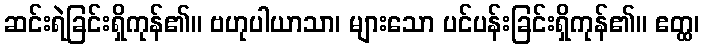
ဆင်းရဲခြင်းရှိကုန်၏။ ဗဟုပါယာသာ၊ များသော ပင်ပန်းခြင်းရှိကုန်၏။ ဧတ္ထ၊